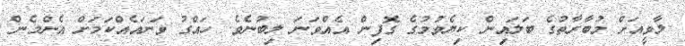
ލާވީއަށް މުބާރާތުގެ ބަލައިން ކިޔެވުމުގެ ގޮފިން އެއްވަނަ ލިބުނެވެ. ހައްގު ވަނައެއްކަމަށް އެންމެން